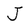
Character: J